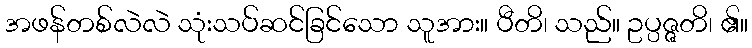
အဖန်တစ်လဲလဲ သုံးသပ်ဆင်ခြင်သော သူအား။ ပီတိ၊ သည်။ ဥပ္ပဇ္ဇတိ၊ ၏။